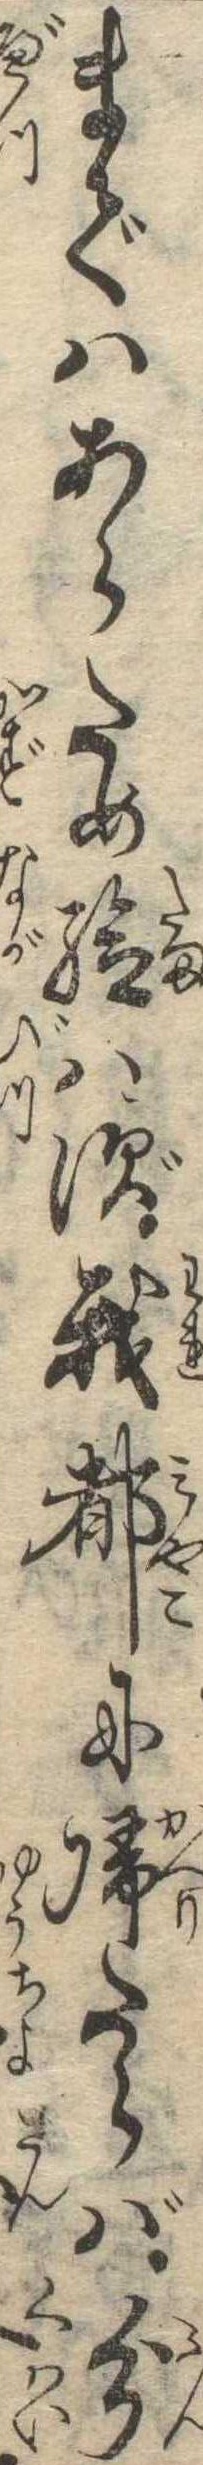
まではあらため給はず我都に帰たらば分